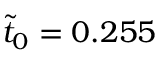
\tilde { t } _ { 0 } = 0 . 2 5 5